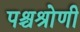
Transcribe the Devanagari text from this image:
पश्चश्रोणी